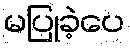
မပြုခဲ့ပေ